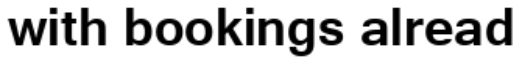
with bookings alread